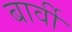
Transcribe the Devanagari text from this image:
बार्वी